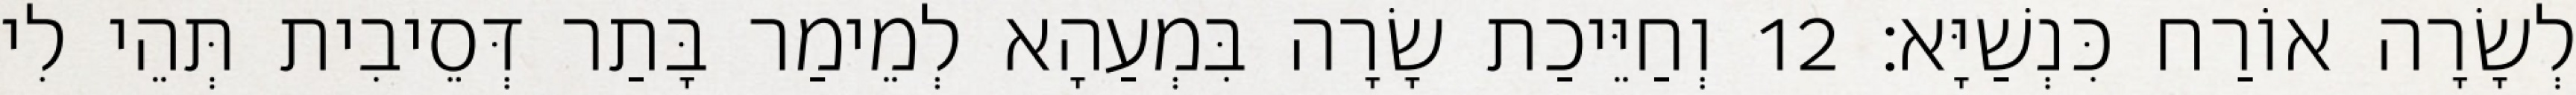
לְשָׂרָה אוֹרַח כִּנְשַׁיָּא׃ 12 וְחַיֵּיכַת שָׂרָה בִּמְעַהָא לְמֵימַר בָּתַר דְּסֵיבִית תְּהֵי לִי